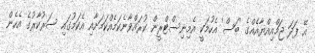
އޭ ފަދަ ޖަމްއިއްޔާއެއްގެ 'ބަސް' އެހުމަކީ އެމިނިސްޓްރީން ކުރައްވާނެކަމެއްކަމަށާއި އެކަމުގައި ސަރުކާރުގެ އެހެން